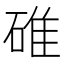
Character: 碓